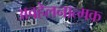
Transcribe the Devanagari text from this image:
अवहेलनात्मक